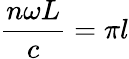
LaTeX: \frac{n\omega L}{c}=\pi l